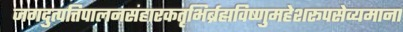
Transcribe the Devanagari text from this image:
जगदुत्पत्तिपालनसंहारकतृभिर्ब्रह्मविष्णुमहेशरूपसेव्यमाना